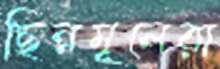
ছিন্নমূলেরা